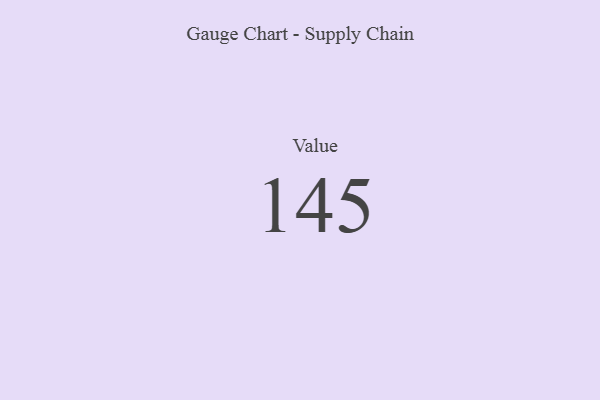
{"axis": {"x": "Metric", "y": "Value"}, "legend": [""], "data": [{"x": "Value", "y": 145, "type": ""}]}